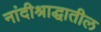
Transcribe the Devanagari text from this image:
नांदीश्राद्धातील